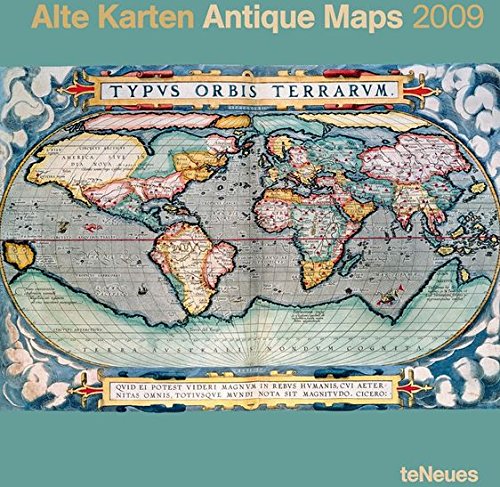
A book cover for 2009 Antique Maps Poster Calendar; Author; Calendars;